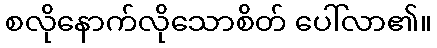
စလိုနောက်လိုသောစိတ် ပေါ်လာ၏။